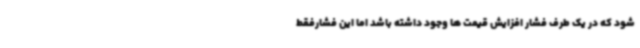
شود که در یک طرف فشار افزایش قیمت ها وجود داشته باشد اما این فشارفقط